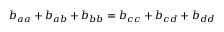
b _ { a a } + b _ { a b } + b _ { b b } = b _ { c c } + b _ { c d } + b _ { d d }